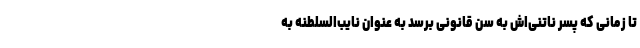
تا زمانی که پسر ناتنی‌اش به سن قانونی برسد به عنوان نایب‌السلطنه به